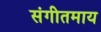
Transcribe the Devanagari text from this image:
संगीतमाय